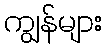
ကျွန်များ